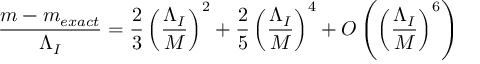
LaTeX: \frac { m - m _ { e x a c t } } { \Lambda _ { I } } = \frac { 2 } { 3 } \left( \frac { \Lambda _ { I } } { M } \right) ^ { 2 } + \frac { 2 } { 5 } \left( \frac { \Lambda _ { I } } { M } \right) ^ { 4 } + O \left( \left( \frac { \Lambda _ { I } } { M } \right) ^ { 6 } \right)